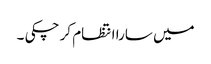
میں سارا انتظام کر چکی ۔